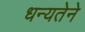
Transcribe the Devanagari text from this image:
धन्यतेने